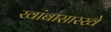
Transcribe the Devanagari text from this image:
खांबासारखे